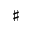
\sharp